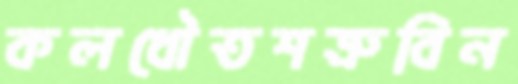
কলধৌতশত্রুবিন